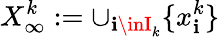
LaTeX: X_{\infty}^{k}:=\cup_{\mathbf{i}\inI_{k}}\{ x_{\mathbf{i}}^{k}\}